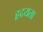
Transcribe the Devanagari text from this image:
हृदयता